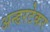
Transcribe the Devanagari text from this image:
अन्डरटेकर